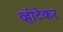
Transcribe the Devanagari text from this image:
व्हीटेकर